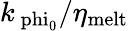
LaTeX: k_{\mathrm{\ phi_{\mathrm{0}}}}/\eta_{\mathrm{melt}}